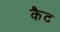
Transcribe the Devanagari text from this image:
कैेद